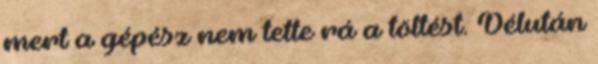
mert a gépész nem tette rá a töltést. Délután